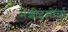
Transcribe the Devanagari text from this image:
मशीदमोर्चा